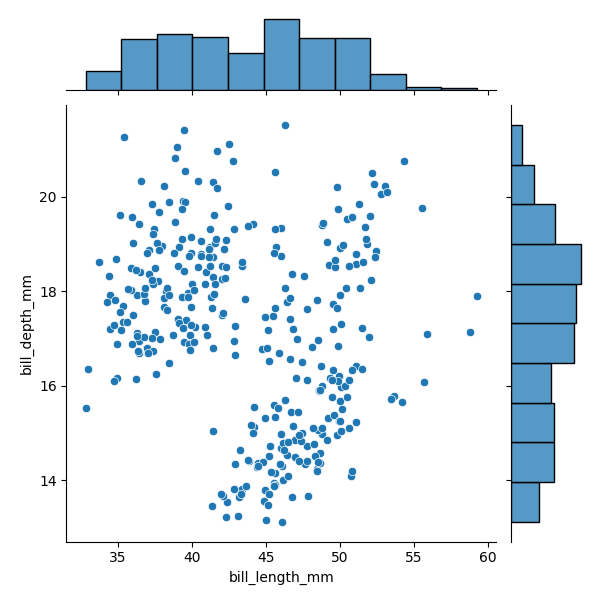
python, seaborn, JointGrid, scatterplot, histplot